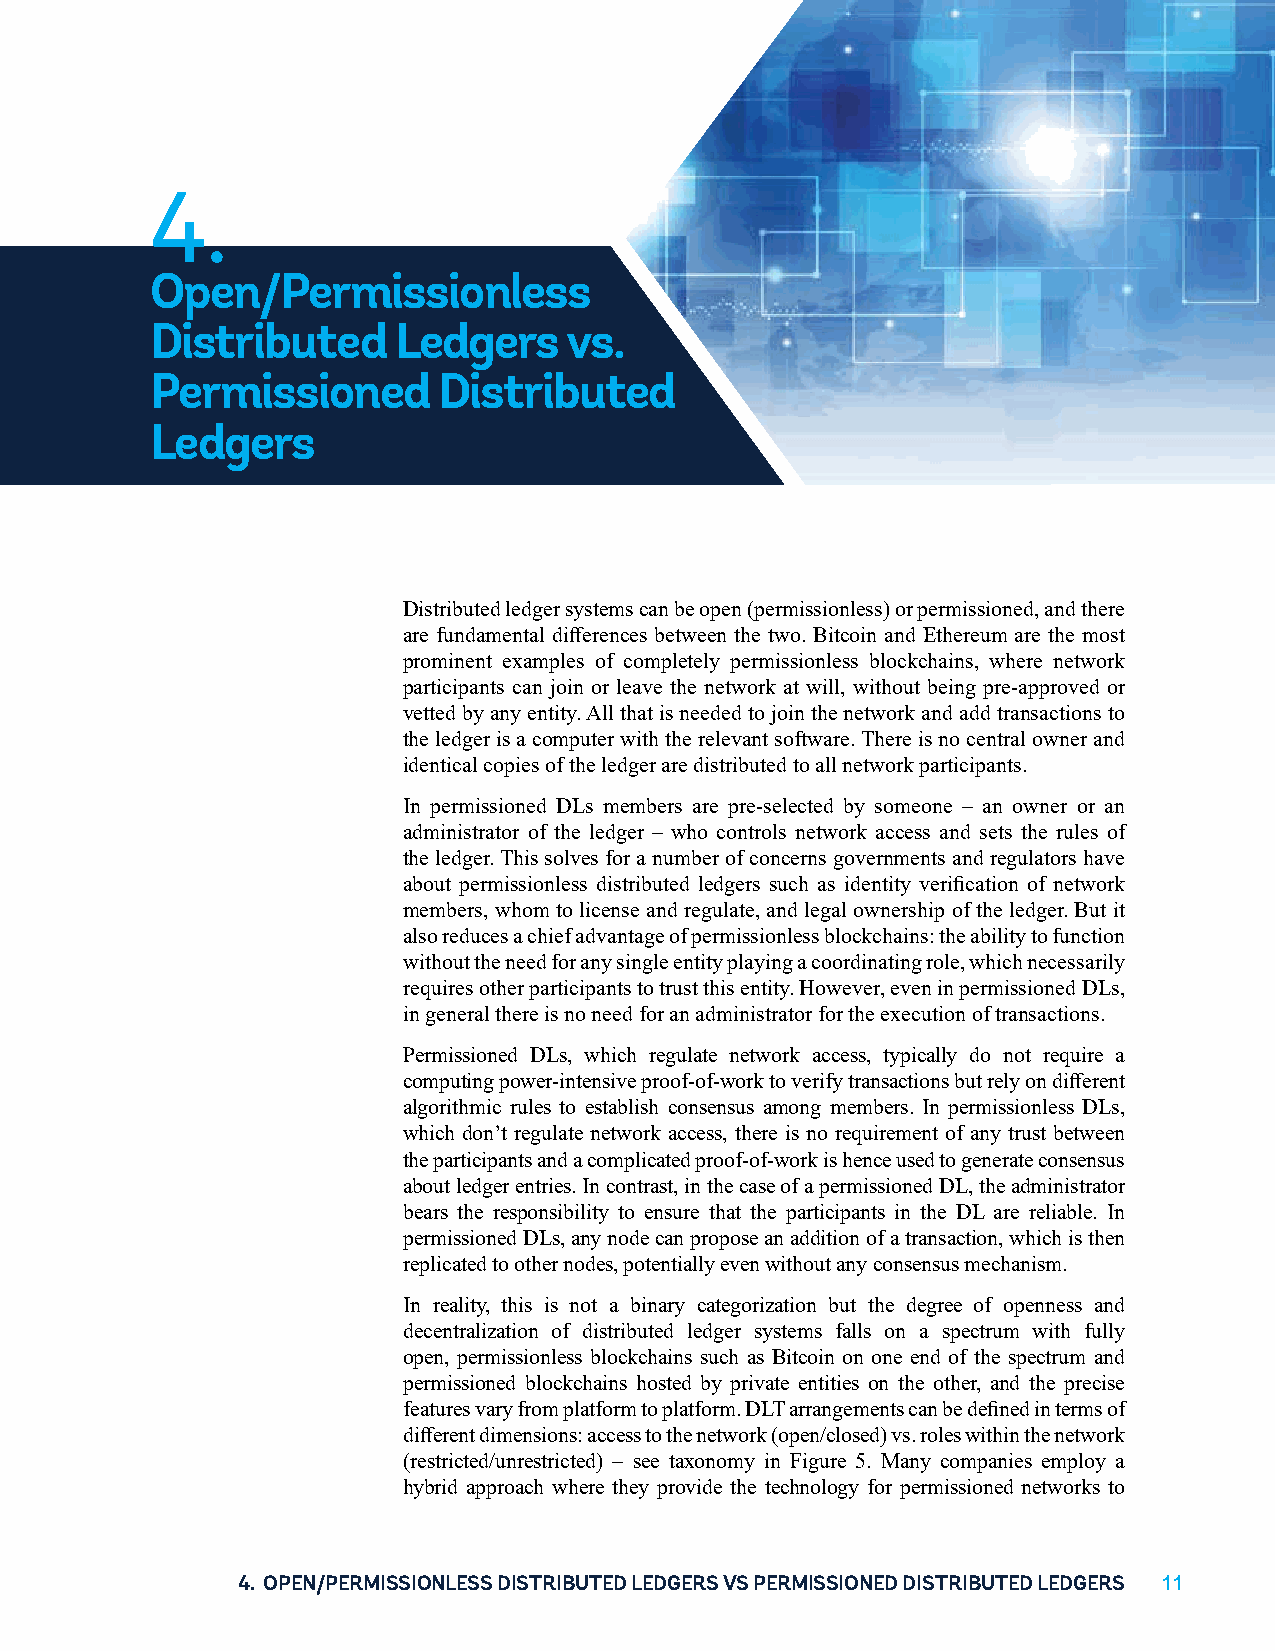
4.
 Open/Permissionless
 Distributed     Ledgers     vs.
 Permissioned       Distributed
 Ledgers
 Distributed ledger systems can be open (permissionless) or permissioned, and there
 are fundamental differences between the two. Bitcoin and Ethereum are the most
 prominent examples of completely permissionless blockchains, where network
 participants can join or leave the network at will, without being pre-approved or
 vetted by any entity. All that is needed to join the network and add transactions to
 the ledger is a computer with the relevant software. There is no central owner and
 identical copies of the ledger are distributed to all network participants.
 In permissioned DLs members are pre-selected by someone – an owner or an
 administrator of the ledger – who controls network access and sets the rules of
 the ledger. This solves for a number of concerns governments and regulators have
 about permissionless distributed ledgers such as identity verification of network
 members, whom to license and regulate, and legal ownership of the ledger. But it
 also reduces a chief advantage of permissionless blockchains: the ability to function
 without the need for any single entity playing a coordinating role, which necessarily
 requires other participants to trust this entity. However, even in permissioned DLs,
 in general there is no need for an administrator for the execution of transactions.
 Permissioned DLs, which regulate network access, typically do not require a
 computing power-intensive proof-of-work to verify transactions but rely on different
 algorithmic rules to establish consensus among members. In permissionless DLs,
 which don’t regulate network access, there is no requirement of any trust between
 the participants and a complicated proof-of-work is hence used to generate consensus
 about ledger entries. In contrast, in the case of a permissioned DL, the administrator
 bears the responsibility to ensure that the participants in the DL are reliable. In
 permissioned DLs, any node can propose an addition of a transaction, which is then
 replicated to other nodes, potentially even without any consensus mechanism.
 In reality, this is not a binary categorization but the degree of openness and
 decentralization of distributed ledger systems falls on a spectrum with fully
 open, permissionless blockchains such as Bitcoin on one end of the spectrum and
 permissioned blockchains hosted by private entities on the other, and the precise
 features vary from platform to platform. DLT arrangements can be defined in terms of
 different dimensions: access to the network (open/closed) vs. roles within the network
 (restricted/unrestricted) – see taxonomy in Figure 5. Many companies employ a
 hybrid approach where they provide the technology for permissioned networks to
 4. OPEN/PERMISSIONLESS DISTRIBUTED LEDGERS VS PERMISSIONED DISTRIBUTED LEDGERS 11